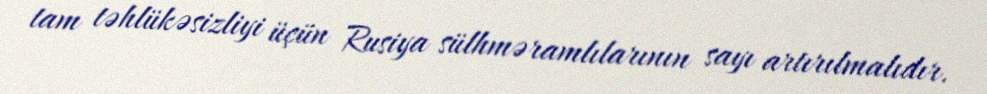
tam təhlükəsizliyi üçün Rusiya sülhməramlılarının sayı artırılmalıdır.